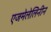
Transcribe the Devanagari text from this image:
एजमेलेलिनीन